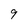
Character: 9